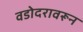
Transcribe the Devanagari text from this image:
वडोदरावरून